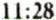
11:28